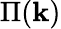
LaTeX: \Pi(\mathbf{k})